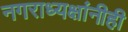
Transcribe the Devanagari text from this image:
नगराध्यक्षांनीही